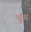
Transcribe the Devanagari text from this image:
चूंग